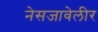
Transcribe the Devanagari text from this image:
नेसजावेलीर